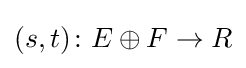
(s,t)\colon E\oplus F\to R